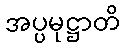
အပ္ပမုဋ္ဌာတိ